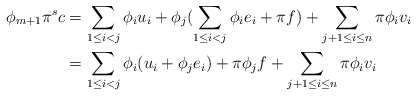
\begin{align*}\phi_{m+1} \pi^s c&=\sum_{1\leq i<j} \phi_iu_i + \phi_j ( \sum_{1\leq i<j } \phi_ie_i +\pi f)+\sum_{j+1\leq i\leq n} \pi \phi_i v_i\cr &=\sum_{1\leq i<j} \phi_i(u_i+\phi_j e_i)+\pi \phi_j f+ \sum_{j+1\leq i\leq n} \pi \phi_i v_i \end{align*}